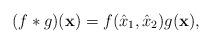
LaTeX: \begin{align*}(f * g)(\mathbf{x}) = f(\hat x_1, \hat x_2) g(\mathbf{x}), \end{align*}